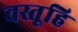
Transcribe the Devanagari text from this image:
वस्तूहि